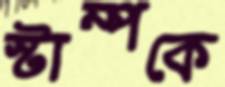
স্টাম্পকে